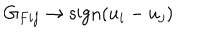
LaTeX: G _ { F i j } \rightarrow \mathrm { s i g n } ( u _ { i } - u _ { j } )